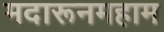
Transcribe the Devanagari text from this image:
मदारूनमहाम